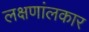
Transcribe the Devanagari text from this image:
लक्षणांलकार